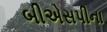
બીએસપીના